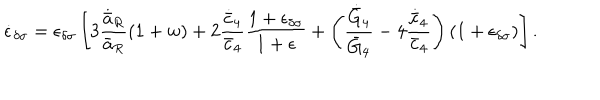
LaTeX: \dot { \epsilon } _ { \delta \sigma } = \epsilon _ { \delta \sigma } \left[ 3 { \frac { \dot { \bar { a } } _ { R } } { \bar { a } _ { R } } } ( 1 + w ) + 2 { \frac { \dot { \bar { c } } _ { 4 } } { \bar { c } _ { 4 } } } { \frac { 1 + \epsilon _ { \delta \sigma } } { 1 + \epsilon } } + \left( { \frac { \dot { \bar { G } } _ { 4 } } { \bar { G } _ { 4 } } } - 4 { \frac { \dot { \bar { c } } _ { 4 } } { \bar { c } _ { 4 } } } \right) ( 1 + \epsilon _ { \delta \sigma } ) \right] .